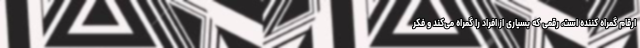
ارقام گمراه کننده است، رقمی که بسیاری از افراد را گمراه می‌کند و فکر